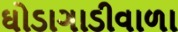
ઘોડાગાડીવાળા